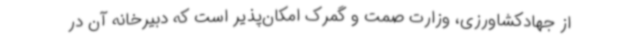
از جهادکشاورزی، وزارت صمت و گمرک امکان‌پذیر است که دبیرخانه آن در